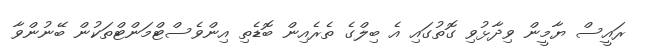
ރައީސް ޔާމީން ވިދާޅުވި ގޮތުގައި އެ ބިލްގެ ތެރެއިން ބޮޑެތި އިންވެސްޓްމަންޓްތަކުން ބޭނުންވާ